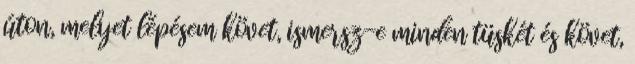
úton, melyet lépésem követ, ismersz-e minden tüskét és követ,